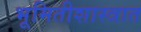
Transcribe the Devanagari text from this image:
भूमितीशास्त्रात